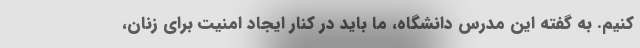
کنیم. به گفته این مدرس دانشگاه، ما باید در کنار ایجاد امنیت برای زنان،